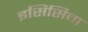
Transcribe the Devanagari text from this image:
इसिसिचा